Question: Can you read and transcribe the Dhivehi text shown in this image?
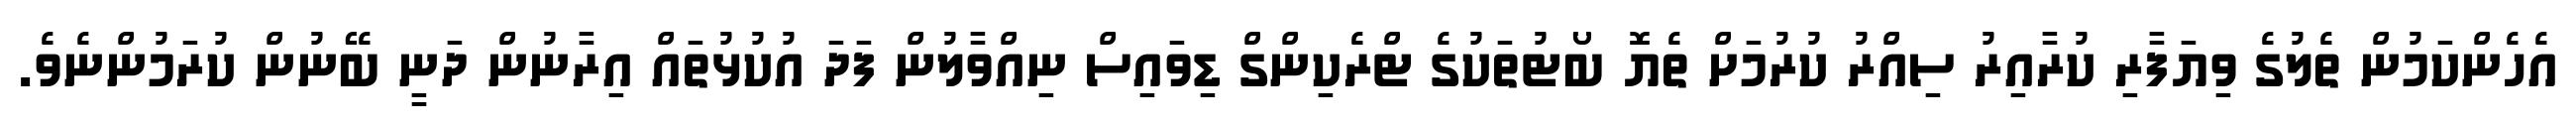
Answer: އެހެންކަމުން ތެލުގެ ވިޔަފާރި ކުރާއިރު ސިއްރު ކުރުމަށް ތެޔޮ ބޯޓުތަކުގެ ޓްރެކިންގް ޑިވައިސް ނިއްވާލުން ފަދަ އުކުޅުތައް އިރާނުން ދަނީ ބޭނުން ކުރަމުންނެވެ.